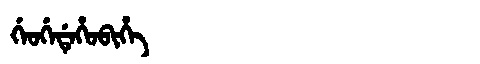
Manchu: ᡤᡝᠣᡤᡝᡩᡝᡥᠣᠪᡳᡥᡝ
Romanization: GEOGEDEHOBIHE